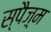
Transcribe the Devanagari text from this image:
स्पैज़्म